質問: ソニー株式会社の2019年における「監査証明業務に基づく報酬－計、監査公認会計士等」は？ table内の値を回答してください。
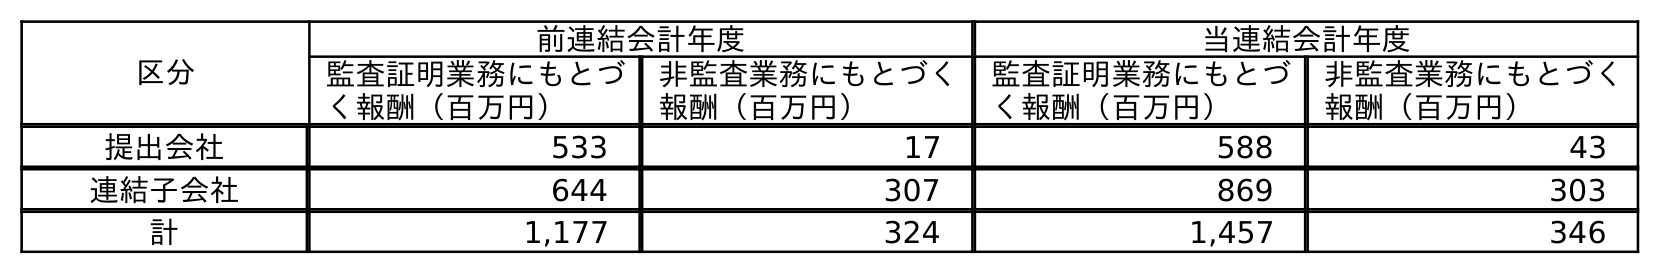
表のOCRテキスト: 区分 前連結会計年度 当連結会計年度 監査証明業務にもとづ く報酬（百万円） 非監査業務にもとづく 報酬（百万円） 監査証明業務にもとづ く報酬（百万円） 非監査業務にもとづく 報酬（百万円） 提出会社 533 17 588 43 連結子会社 644 307 869 303 計 1,177 324 1,457 346
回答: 1,177